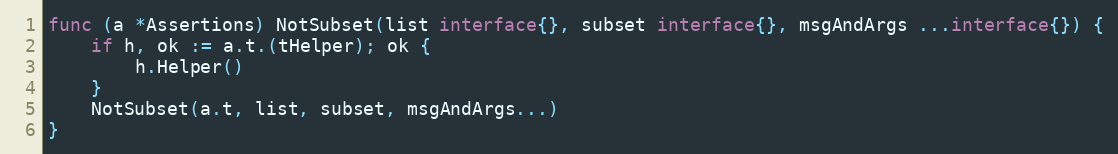
Language: Go
func (a *Assertions) NotSubset(list interface{}, subset interface{}, msgAndArgs ...interface{}) {
	if h, ok := a.t.(tHelper); ok {
		h.Helper()
	}
	NotSubset(a.t, list, subset, msgAndArgs...)
}